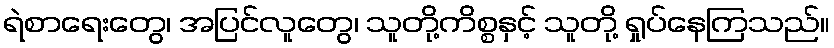
ရဲစာရေးတွေ၊ အပြင်လူတွေ၊ သူတို့ကိစ္စနှင့် သူတို့ ရှုပ်နေကြသည်။